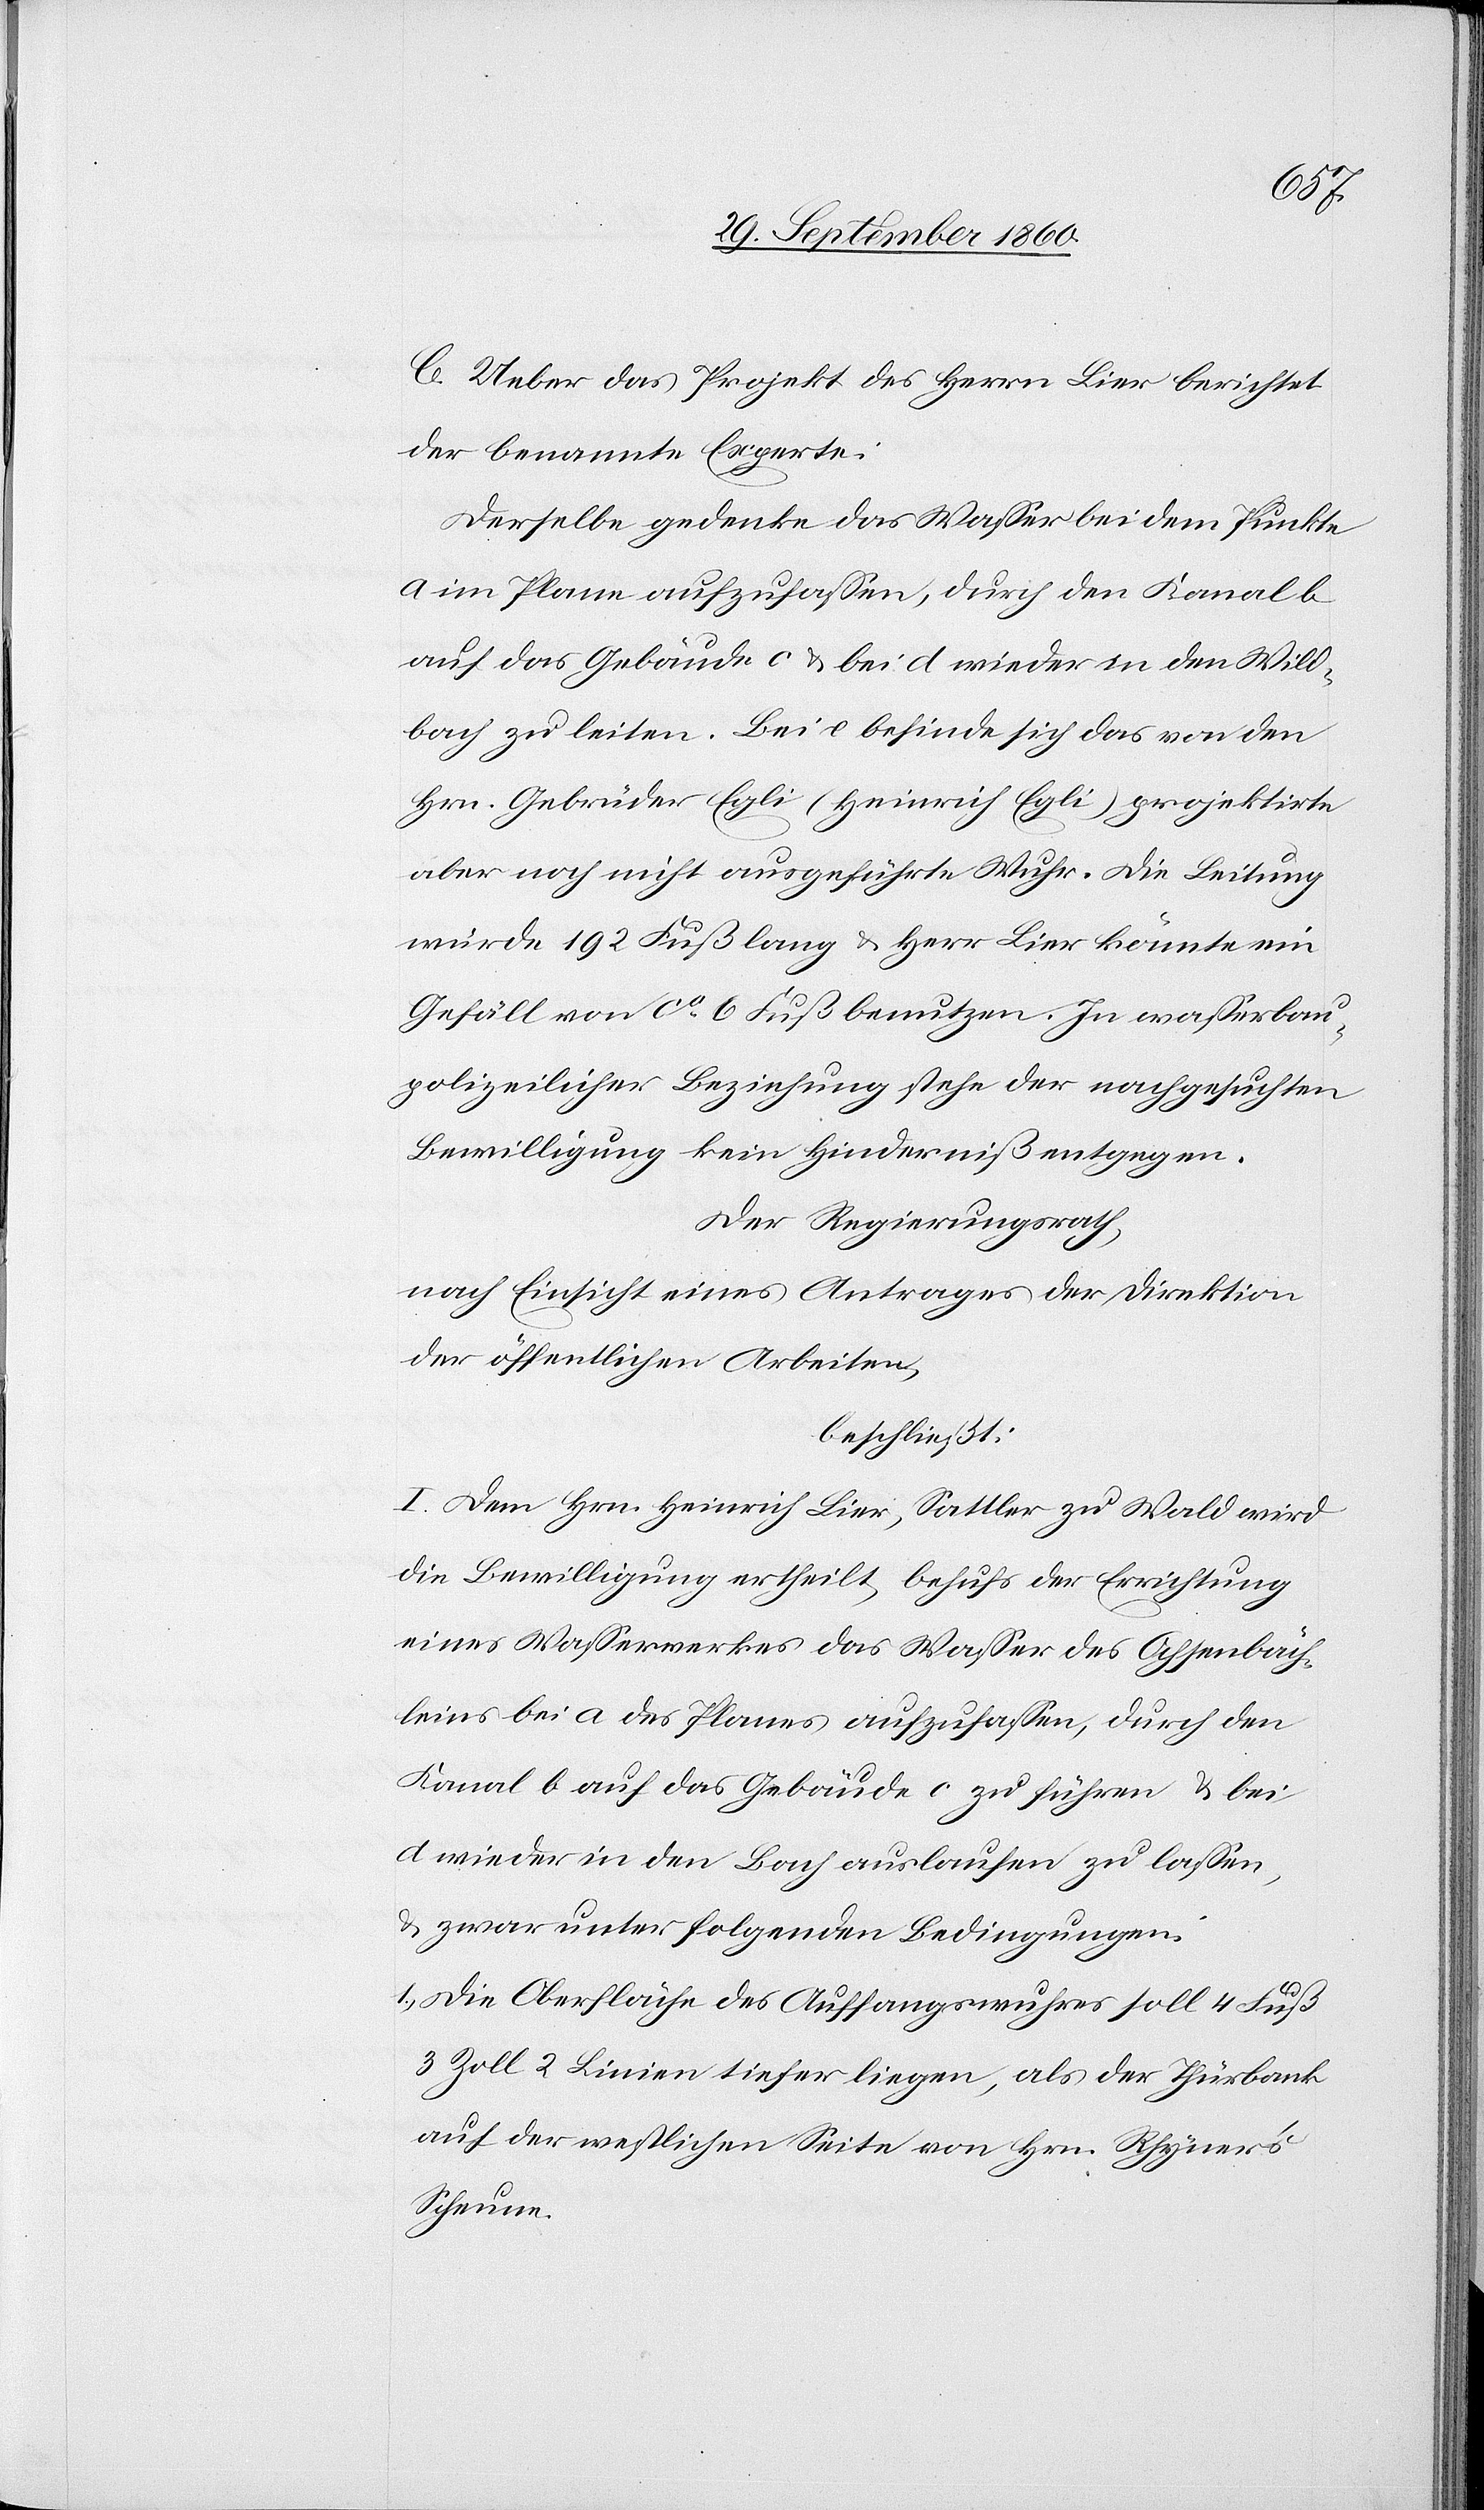
C. Ueber das Projekt des Herrn Lier berichtet
der benannte Experte:
Derselbe gedenke das Wasser bei dem Punkte
a im Plane aufzufassen, durch den Kanal b
auf das Gebäude c u. bei d wieder in den Wild¬
bach zu leiten. Bei e befinde sich das von den
Hrn. Gebrüder Egli (Heinrich Egli) projektirte
aber noch nicht ausgeführte Wuhr. Die Leitung
würde 192 Fuß lang u. Herr Lier könnte ein
Gefäll von ca 6 Fuß benutzen. In wasserbau¬
polizeilicher Beziehung stehe der nachgesuchten
Bewilligung kein Hinderniß entgegen.
Der Regierungsrath,
nach Einsicht eines Antrages der Direktion
der öffentlichen Arbeiten,
beschließt:
I. Dem Hrn. Heinrich Lier, Sattler zu Wald wird
die Bewilligung ertheilt, behufs der Errichtung
eines Wasserwerkes das Wasser des Ochsenbäch¬
leins bei a des Planes aufzufassen, durch den
Kanal b auf das Gebäude c zu führen u. bei
d wieder in den Bach auslaufen zu lassen,
u. zwar unter folgenden Bedingungen:
1) Die Oberfläche des Auffangswuhres soll 4 Fuß
3 Zoll 2 Linien tiefer liegen, als der Thürbank
auf der westlichen Seite von Hrn. Rhyner’s
Scheune.